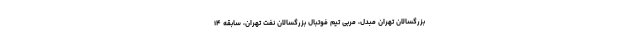
بزرگسالان تهران مبدل، مربی تیم فوتبال بزرگسالان نفت تهران، سابقه ۱۴